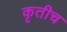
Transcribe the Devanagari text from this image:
कृतीच